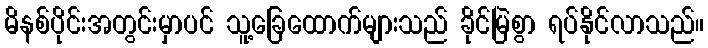
မိနစ်ပိုင်းအတွင်းမှာပင် သူ့ခြေထောက်များသည် ခိုင်မြဲစွာ ရပ်နိုင်လာသည်။